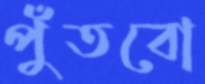
পুঁতবো